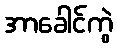
အာခေါင်ကွဲ